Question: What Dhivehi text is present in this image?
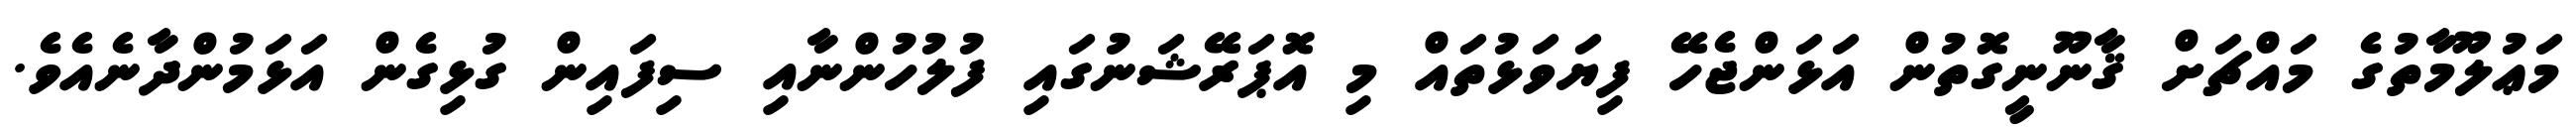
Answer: މަޢުލޫމާތުގެ މައްޗަށް ޤާނޫނީގޮތުން އަޅަންޖެހޭ ފިޔަވަޅުތައް މި އޮޕަރޭޝަނުގައި ފުލުހުންނާއި ސިފައިން ގުޅިގެން އަޅަމުންދާނެއެވެ.